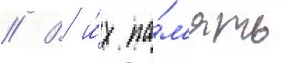
// В и́х па́м'ять